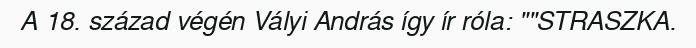
A 18. század végén Vályi András így ír róla: ""STRASZKA.